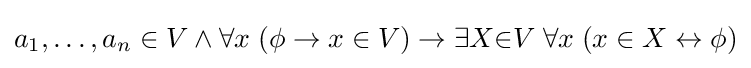
a_{1},\ldots ,a_{n}\in V\land \forall x\;(\phi \to x\in V)\to \exists X{\in }V\;\forall x\;(x\in X\leftrightarrow \phi )